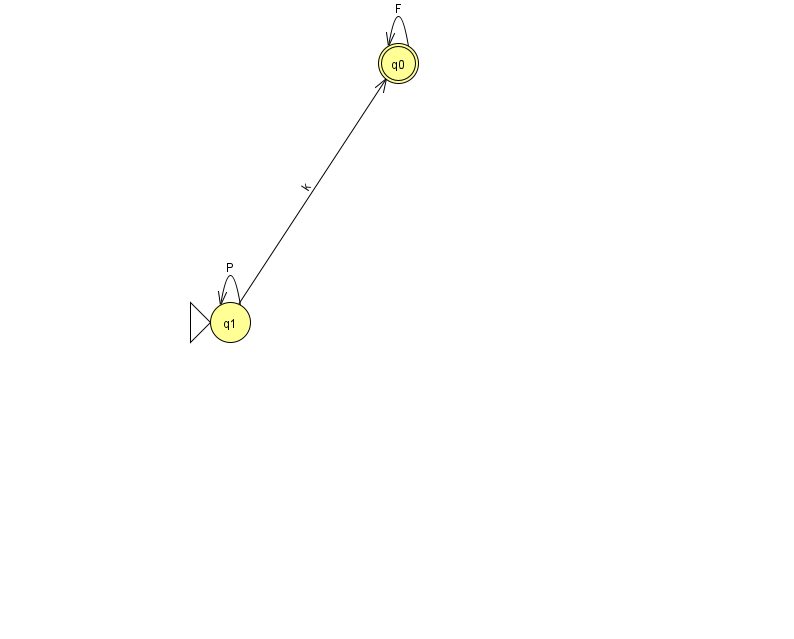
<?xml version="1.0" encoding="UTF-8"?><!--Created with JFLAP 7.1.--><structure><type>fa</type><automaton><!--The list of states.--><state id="0" name="q0"><x>398.0</x><y>50.0</y><final/></state><state id="1" name="q1"><x>230.0</x><y>309.0</y><initial/></state><!--The list of transitions.--><transition><from>1</from><to>1</to><read>P</read></transition><transition><from>1</from><to>0</to><read>k</read></transition><transition><from>0</from><to>0</to><read>F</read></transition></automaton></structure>